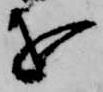
を